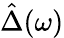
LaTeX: \hat{\Delta}(\omega)